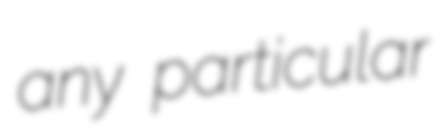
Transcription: any particular